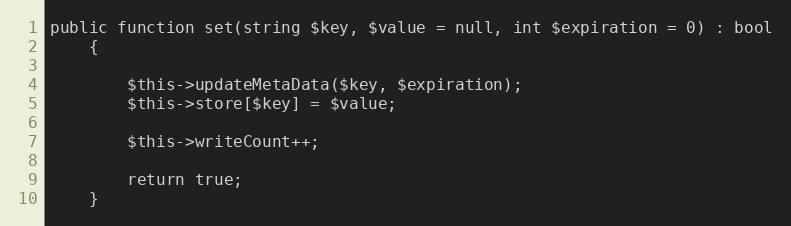
Language: PHP
public function set(string $key, $value = null, int $expiration = 0) : bool
    {

        $this->updateMetaData($key, $expiration);
        $this->store[$key] = $value;

        $this->writeCount++;

        return true;
    }